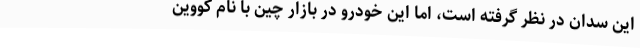
این سدان در نظر گرفته است، اما این خودرو در بازار چین با نام کووین